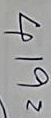
419 =